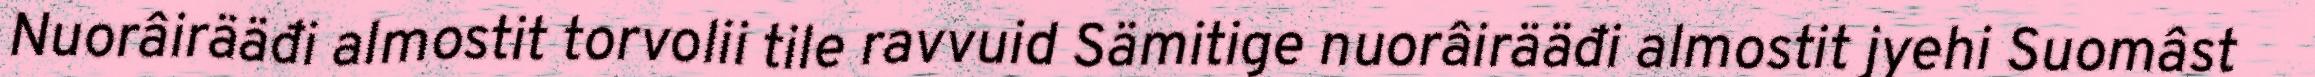
Nuorâirääđi almostit torvolii tile ravvuid Sämitige nuorâirääđi almostit jyehi Suomâst